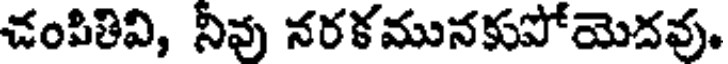
చంపితివి, నీవు నరకమునకుపోయెదవు.